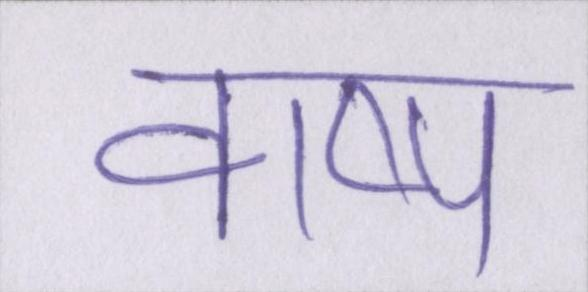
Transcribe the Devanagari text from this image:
वाष्प